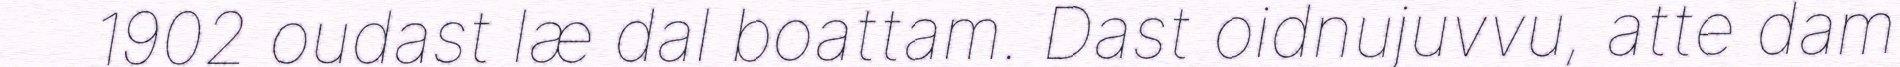
1902 oudast læ dal boattam. Dast oidnujuvvu, atte dam